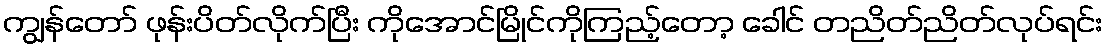
ကျွန်တော် ဖုန်းပိတ်လိုက်ပြီး ကိုအောင်မြိုင်ကိုကြည့်တော့ ခေါင် တညိတ်ညိတ်လုပ်ရင်း